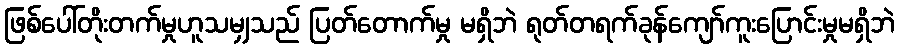
ဖြစ်ပေါ်တိုးတက်မှုဟူသမျှသည် ပြတ်တောက်မှု မရှိဘဲ ရုတ်တရက်ခုန်ကျော်ကူးပြောင်းမှုမရှိဘဲ